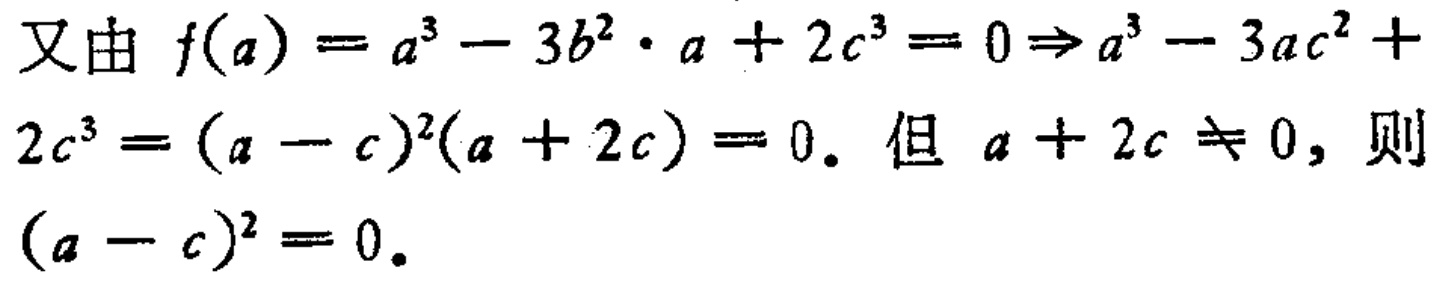
又由 \(f(a)=a^{3}-3b^{2}\cdot a + 2c^{3}=0\Rightarrow a^{3}-3ac^{2}+2c^{3}=(a - c)^{2}(a + 2c)=0\). 但 \(a + 2c\neq0\), 则 \((a - c)^{2}=0\).